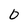
Character: 0